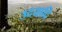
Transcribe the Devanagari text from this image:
उदयादि